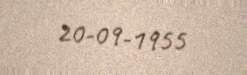
20-09-1955